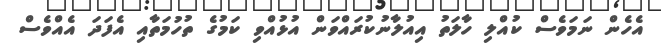
އެހެން ނަމަވެސް ކުއްލި ހާލަތު އިއުލާނުކުރައްވަން އުޅުއްވި ކަމުގެ ތުހުމަތާއި އެފަދަ އެއްވެސް